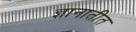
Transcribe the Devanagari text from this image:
ज्ञानातीत